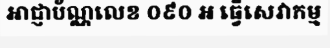
អាជ្ញាប័ណ្ណលេខ ០៩០ អ ធ្វើសេវាកម្ម